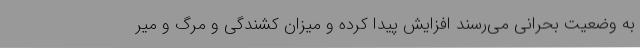
به وضعیت بحرانی می‌رسند افزایش پیدا کرده و میزان کشندگی و مرگ و میر